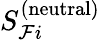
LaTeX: S_{\mathcal{F}i}^{(\mathrm{neutral})}